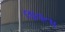
લાવતા